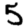
Digit: 5